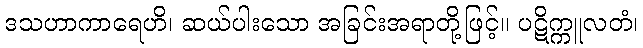
ဒသဟာကာရေဟိ၊ ဆယ်ပါးသော အခြင်းအရာတို့ဖြင့်။ ပဋိက္ကူလတံ၊